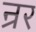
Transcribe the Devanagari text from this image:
न्रर